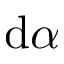
\mathrm { d } \alpha